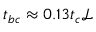
{ t _ { b c } } \approx 0 . 1 3 t _ { c } { \mathscr { L } }